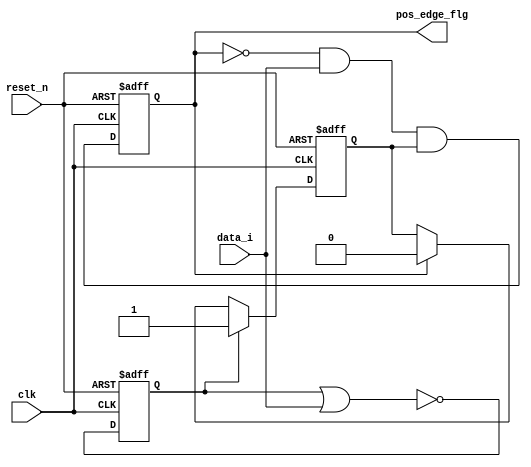
`timescale 1ns/10ps

module lib_posedge_flg_v1 ( input      clk,
							input      reset_n,
							input	   data_i,
							output reg pos_edge_flg
							);

reg neg_edge_flg; 
reg	seen_neg_edge_flg;

// posedge detector
always @(posedge clk or negedge reset_n)
if (!reset_n)
	pos_edge_flg <= 1'b0;
else
	pos_edge_flg <= ~pos_edge_flg & data_i & seen_neg_edge_flg;

// negedge detector
always @(posedge clk or negedge reset_n)
if (!reset_n)
	neg_edge_flg <= 1'b0;
else
	neg_edge_flg <= ~(neg_edge_flg | data_i);

// seen negedge
always @(posedge clk or negedge reset_n)
if (!reset_n)
	seen_neg_edge_flg <= 1'b1; // must be '1' otherwise no posedge would be detected
else if (neg_edge_flg)
	seen_neg_edge_flg <= 1'b1;
else if (pos_edge_flg)
	seen_neg_edge_flg <= 1'b0;
	
endmodule